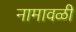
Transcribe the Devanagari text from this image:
नामावळी